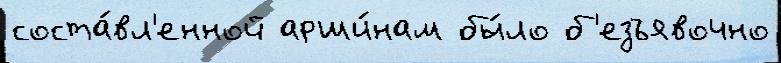
соста́вл'енной арши́нам бы́ло б'езъявочно